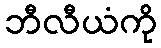
ဘီလီယံကို